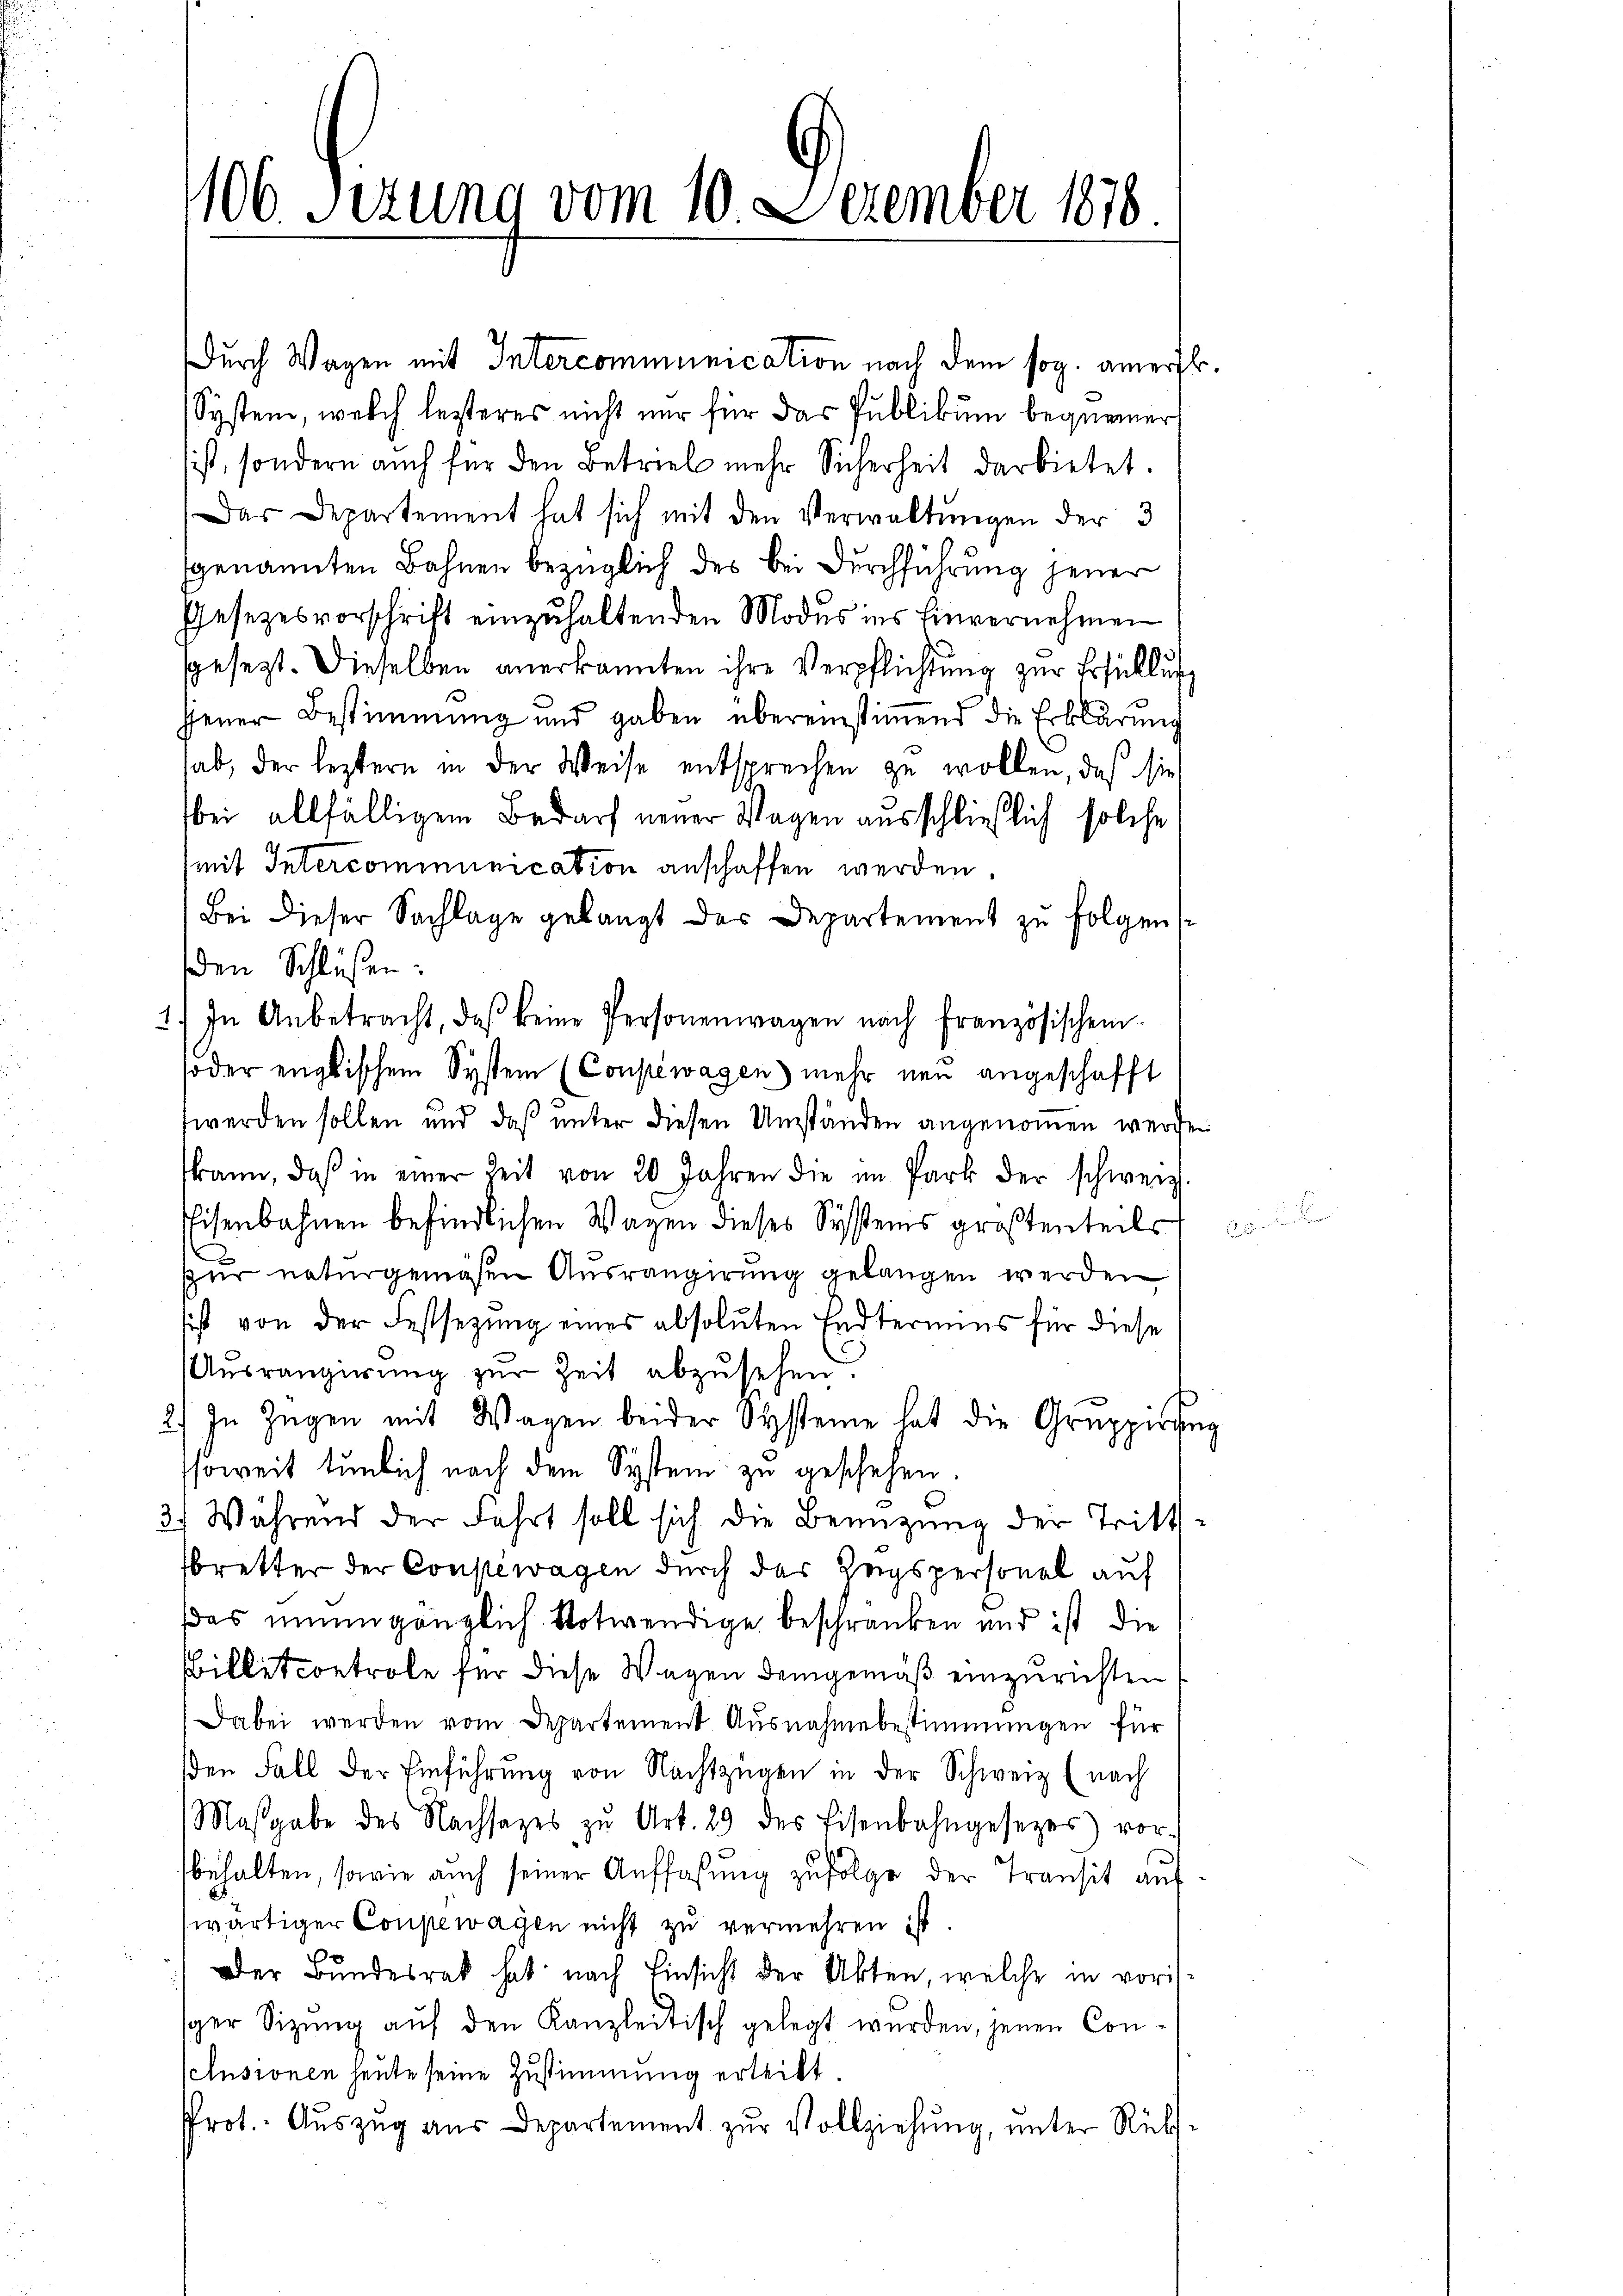
1106. Sirung vom 10. Dezember 1818.

Durch Wagen mit Intercommunication nach dem sog. amerst.
System, welch lezteres nicht nur für das Publikum bequemer
ist, sondern auch für den Betrieb mehr Sicherheit darbietet.
Das Departement hat sich mit den Verwaltungen der 3
genannten Bahnen bezüglich des bei Durchführung jener
Gesezesvorschrift einzuhaltenden Modus ins Einvernehmen
sgesezt. Dieselben anerkannten ihre Verpflichtŭng zŭr Erfüllŭng
jjener Bestimmung und gaben übereinstiṁend die Erklärung
hab, der leztern in der Weise entsprechen zu wollen, daß sie
bei allfälligem Bedarf neuer Wagen ausschließlich solche
(mit Intercommunication anschaffen werden.
Bei dieser Sachlage gelangt des Departement zu folgen s
den Schlüßen:
4) In Anbetracht, daß keine Personenwagen nach Französischen-
soder englischem System (Conpewagen mehr neu angeschafft
werden sollen und daß unter diesen Umständen angenommen werden
kann, daß in einer Zeit von 20 Jahren die im Park der schweiz
Eisenbahnen befindlichen Wagen dieses Systems großenteils
d
sur naturgemäßen Ausrangirung gelangen werden
sist von der Festsezung eines absoluten Endteriums für diese
Aŭsrangierŭng zŭr Zeit abzŭsehen.
2) In Zügen mit Wagen beider Systeme hat die Gruppirung
soweit tunlich nach dem System zu geschehen.
2. Während der Fahrt soll sich die Benützung der Trittsbretter der Consewagen durch das Zeigspersonal auf
das unumgänzlich Notwendige beschränken und ist die
Billetcontrole für diese Wagen demgemäß einzurichten
Dabei werden vom Departement Ausnahmebestimmungen für
βen Fall der Einführŭng von Nachtzügen in der Schweiz (nach
Maßgabe des Nachsatzes zŭ Art. 29 des Eisenbahngesetzes vor-
b
behalten, sowie auch seiner Auffassung zufolge der Transit aus
wärtiger Conpewagen nicht zu vermehren ist.
Der Bundesrat hat nach Einsicht der Akten, welche in vorisper Sitzŭng aŭf den Kanzleitisch gelegt wurden, jenen Con¬
Cclusionen heute seine Zustimmung erleibt.
Prot. Aŭszŭg aŭs Departement zŭr Vollziehŭng ŭnter Rücks-

.